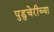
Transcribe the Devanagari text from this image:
पुडुचेरीच्या